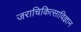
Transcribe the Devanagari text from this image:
जराचिकित्साविज्ञान